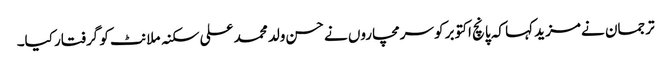
ترجمان نے مزید کہا کہ پانچ اکتوبر کو سرمچاروں نے حسن ولد محمد علی سکنہ ملانٹ کو گرفتار کیا۔